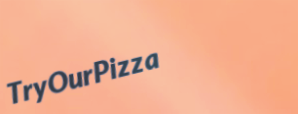
TryOurPizza